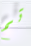
تم